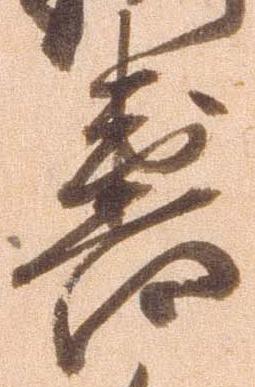
喜